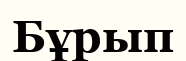
Бұрып